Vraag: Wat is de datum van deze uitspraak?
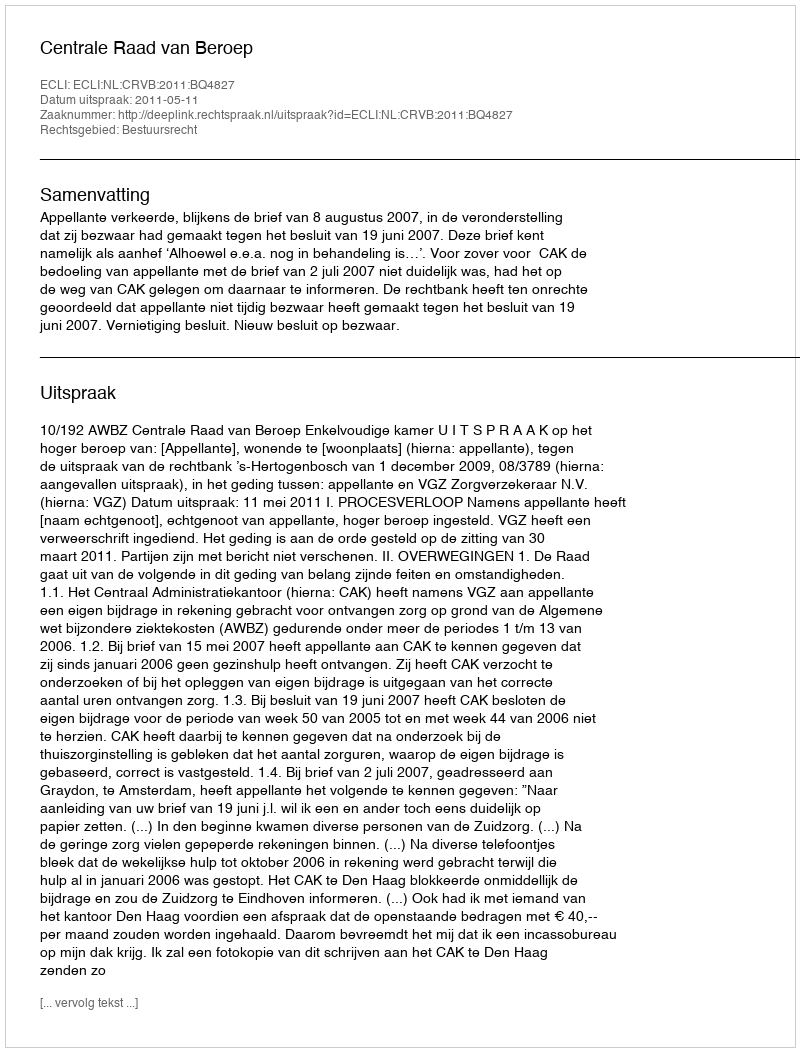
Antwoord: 2011-05-11